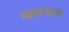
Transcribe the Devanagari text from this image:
दाय़भाग